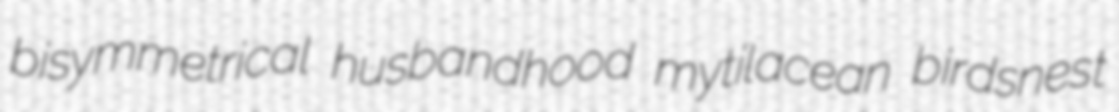
bisymmetrical husbandhood mytilacean birdsnest